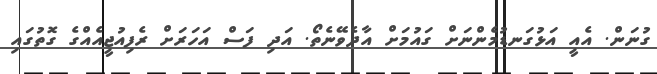
ގުނަން. އެއީ އަޅުގަނޑުމެންނަށް ގައުމަށް އާދެވޭނެތޯ. އަދި ފަސް އަހަރަށް ރެފިއުޖީއެއްގެ ގޮތުގައި